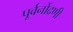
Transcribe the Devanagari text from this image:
पूर्वनोंदणी